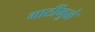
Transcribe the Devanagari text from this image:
गाठींमुळे